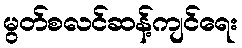
မွတ်စလင်ဆန့်ကျင်ရေး